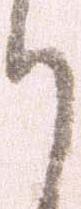
り